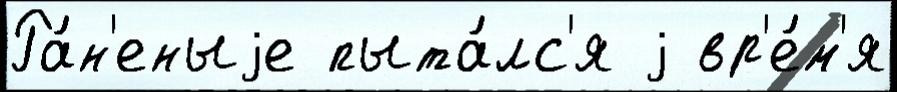
Ра́н'еныjе пыта́лс'я j вр'е́м'я